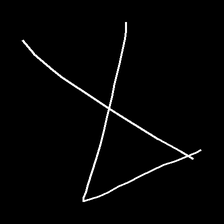
Glyph: collection